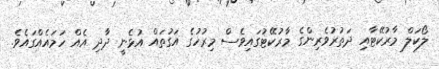
ލޯކަލް މާރުކޭޓާއި ދަތުރުވެރިންގެ މާރުކޭޓުގައިވެސް މިރުހުގެ އަގުތައް އުޅެނީ ދާދި އެއް ހަމައެއްގައެވެ.